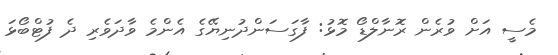
މެސީ އަށް ވުރެން ރޮނާލްޑޯ މޮޅު: ފާގަސަންދުނިޔޭގެ އެންމެ ވާދަވެރި ދެ ފުޓްބޯޅަ